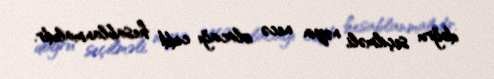
doğru seçilməli, nəyin necə olacağı ciddi hesablanmalıdır.